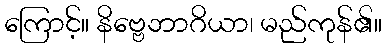
ကြောင့်။ နိဗ္ဗေဘာဂိယာ၊ မည်ကုန်၏။